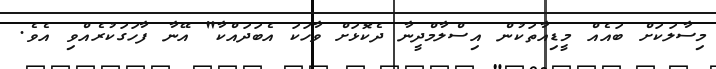
މިސާލަކަށް ބައެއް މީޑިއާތަކުން އިސްލާމްދީނާ ދެކޮޅަށް ވާހަކަ އެބަދައްކާ" އޭނާ ފާހަގަކުރެއްވި އެވެ.